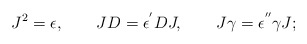
\begin{align*}J^{2}=\epsilon ,\qquad JD=\epsilon ^{^{\prime }}DJ,\qquad J\gamma =\epsilon^{^{\prime \prime }}\gamma J;\end{align*}